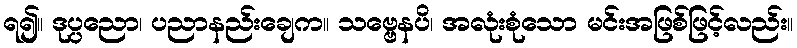
ရ၍။ ဒုပ္ပညော၊ ပညာနည်းချေက။ သဗ္ဗေနပိ၊ အလုံးစုံသော မင်းအဖြစ်ဖြင့်လည်း။